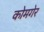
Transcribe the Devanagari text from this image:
कोमगेर